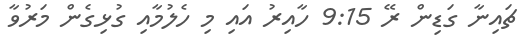
ޗައިނާ ގަޑިން ރޭ 9:15 ހާއިރު އައި މި ހެލުމާއި ގުޅިގެން މަރުވާ